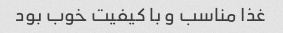
غذا مناسب و با کیفیت خوب بود